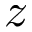
z